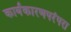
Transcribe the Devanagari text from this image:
कार्यकारणपरंपरा